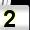
Digit: 2